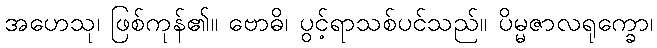
အဟေသု၊ ဖြစ်ကုန်၏။ ဗောဓိ၊ ပွင့်ရာသစ်ပင်သည်။ ပိမ္မဇာလရုက္ခော၊